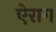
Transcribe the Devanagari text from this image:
ऐराग